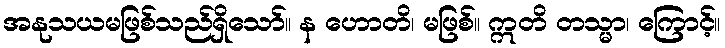
အနုသယမဖြစ်သည်ရှိသော်။ န ဟောတိ၊ မဖြစ်။ ဣတိ တသ္မာ၊ ကြောင့်။